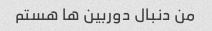
من دنبال دوربین ها هستم